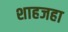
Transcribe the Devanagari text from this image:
शाहजहा